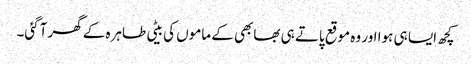
کچھ ایسا ہی ہوا اور وہ موقع پاتے ہی بھابھی کے ماموں کی بیٹی طاہرہ کے گھر آگئی۔